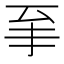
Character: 𱼩